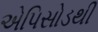
એપિસોડથી